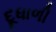
દૂધાળી